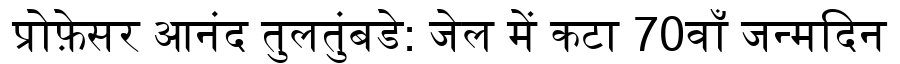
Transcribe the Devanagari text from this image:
प्रोफ़ेसर आनंद तुलतुंबडे: जेल में कटा 70वाँ जन्मदिन